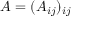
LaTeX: A = ( A _ { i j } ) _ { i j }